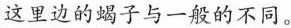
这里边的蝎子与一般的不同。